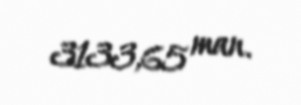
3133,65 man.